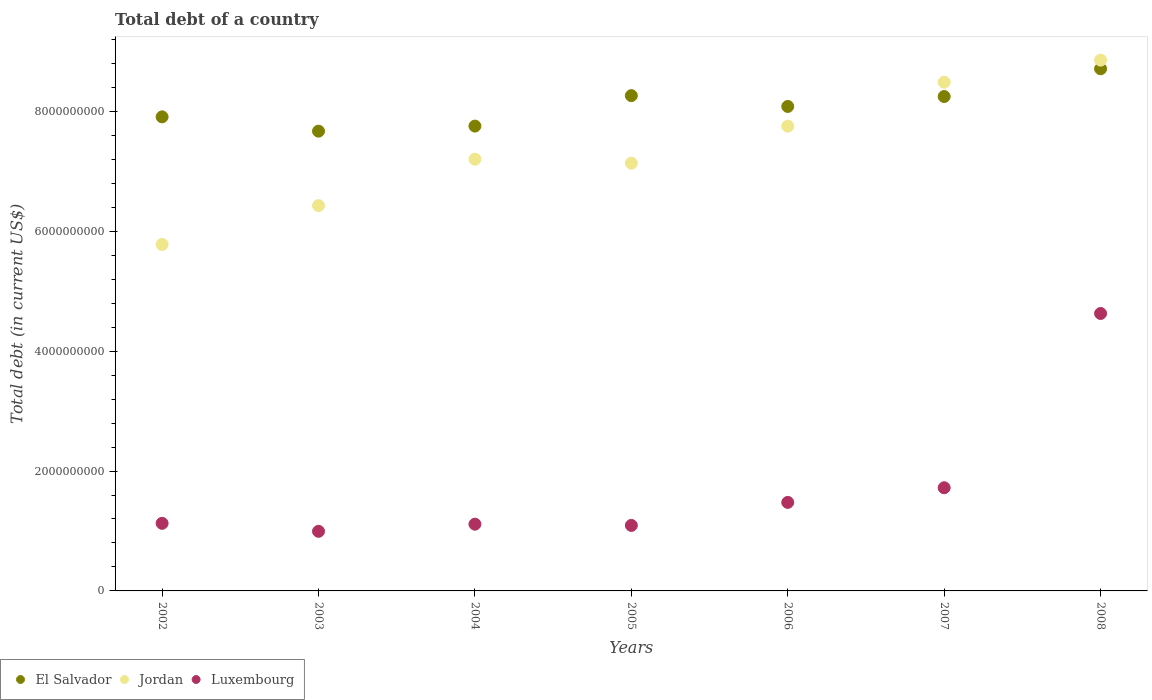
| Years | El Salvador | Jordan | Luxembourg |
 | --- | --- | --- | --- |
 | 2002 | 7.91e+09 | 5.78e+09 | 1.13e+09 |
 | 2003 | 7.67e+09 | 6.43e+09 | 9.94e+08 |
 | 2004 | 7.75e+09 | 7.2e+09 | 1.11e+09 |
 | 2005 | 8.26e+09 | 7.14e+09 | 1.09e+09 |
 | 2006 | 8.08e+09 | 7.75e+09 | 1.48e+09 |
 | 2007 | 8.25e+09 | 8.49e+09 | 1.72e+09 |
 | 2008 | 8.71e+09 | 8.85e+09 | 4.63e+09 |